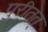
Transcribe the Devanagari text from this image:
पुरीतत्